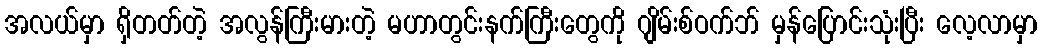
အလယ်မှာ ရှိတတ်တဲ့ အလွန်ကြီးမားတဲ့ မဟာတွင်းနက်ကြီးတွေကို ဂျိမ်းစ်ဝက်ဘ် မှန်ပြောင်းသုံးပြီး လေ့လာမှာ